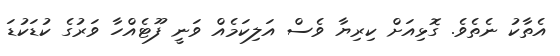
އެތާކު ނެތެވެ. ގޮޅިއަށް ކިރިޔާ ވެސް އަލިކަމެއް ވަނީ ފޫޓެއްހާ ވަރުގެ ކުޑަކުޑަ